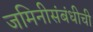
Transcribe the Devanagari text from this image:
जमिनीसंबंधीची